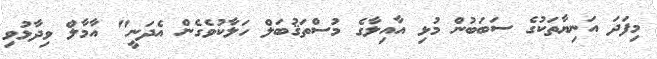
މިފަދަ އަނިޔާތަކުގެ ސަބަބުން މުޅި އާއިލާގެ މުސްތަޤުބަލް ހަލާކުވެގެން އެދަނީ" އާމާލް ވިދާޅުވި